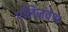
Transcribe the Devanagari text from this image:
एलिजवेथ